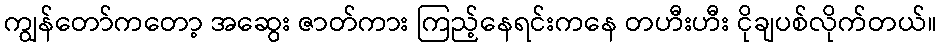
ကျွန်တော်ကတော့ အဆွေး ဇာတ်ကား ကြည့်နေရင်းကနေ တဟီးဟီး ငိုချပစ်လိုက်တယ်။